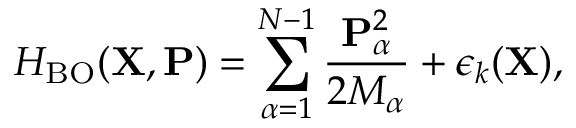
H _ { \mathrm { B O } } ( { \mathbf { X } } , { \mathbf { P } } ) = \sum _ { \alpha = 1 } ^ { N - 1 } \frac { { \mathbf { P } } _ { \alpha } ^ { 2 } } { 2 M _ { \alpha } } + \epsilon _ { k } ( { \mathbf { X } } ) ,